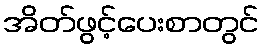
အိတ်ဖွင့်ပေးစာတွင်